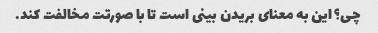
چی؟ این به معنای بریدن بینی است تا با صورتت مخالفت کند.